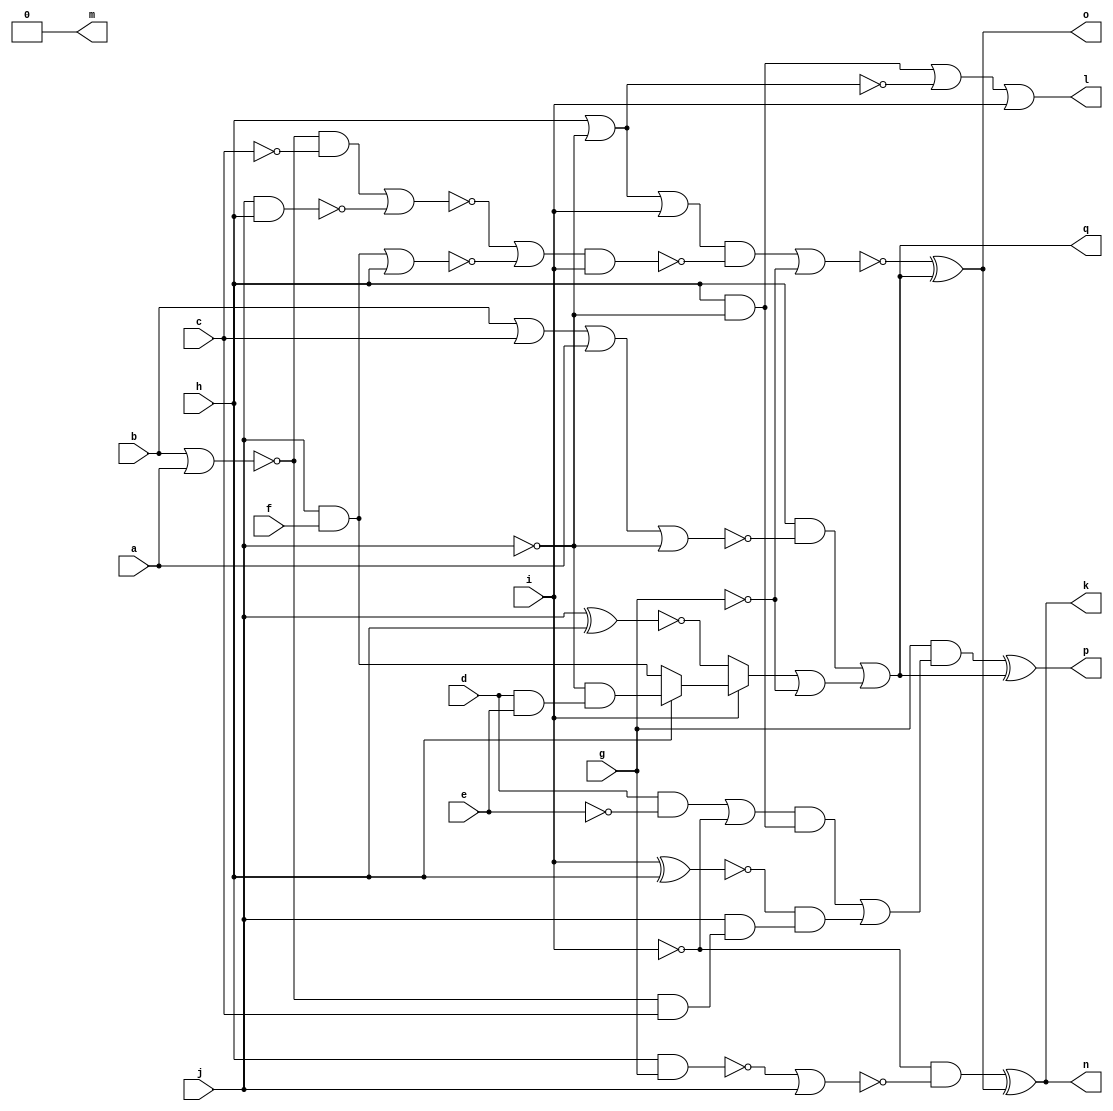
/* Generated by Yosys 0.8+634 (git sha1 3414ee1, clang 3.8.0-2ubuntu4 -fPIC -Os) */

module x2(a, b, c, d, e, f, g, h, i, j, k, l, m, n, o, p, q);
  wire _00_;
  wire _01_;
  wire _02_;
  wire _03_;
  wire _04_;
  wire _05_;
  wire _06_;
  wire _07_;
  wire _08_;
  wire _09_;
  wire _10_;
  wire _11_;
  wire _12_;
  wire _13_;
  wire _14_;
  wire _15_;
  wire _16_;
  wire _17_;
  wire _18_;
  wire _19_;
  wire _20_;
  wire _21_;
  wire _22_;
  wire _23_;
  wire _24_;
  wire _25_;
  wire _26_;
  wire _27_;
  wire _28_;
  wire _29_;
  wire _30_;
  wire _31_;
  wire _32_;
  wire _33_;
  wire _34_;
  input a;
  input b;
  input c;
  input d;
  input e;
  input f;
  input g;
  input h;
  input i;
  input j;
  output k;
  output l;
  output m;
  output n;
  output o;
  output p;
  output q;
  assign _00_ = ~g;
  assign _01_ = ~j;
  assign _02_ = ~(d & e);
  assign _03_ = _01_ & ~(_02_);
  assign _04_ = j & f;
  assign _05_ = h ? _03_ : _04_;
  assign _06_ = ~(j ^ h);
  assign _07_ = i ? _05_ : _06_;
  assign _08_ = _07_ | _00_;
  assign _09_ = b | c;
  assign _10_ = _09_ | a;
  assign _11_ = _10_ | _01_;
  assign _12_ = h & ~(_11_);
  assign q = _12_ | _08_;
  assign _13_ = h | ~(j);
  assign _14_ = h & ~(j);
  assign _15_ = _14_ | ~(_13_);
  assign l = _15_ | i;
  assign _16_ = ~(b | a);
  assign _17_ = ~(_16_ & c);
  assign _18_ = j & ~(_17_);
  assign _19_ = ~(i ^ h);
  assign _20_ = ~i;
  assign _21_ = d & ~(e);
  assign _22_ = _21_ | _20_;
  assign _23_ = ~((_22_ & _14_) | (_19_ & _18_));
  assign _24_ = g & ~(_23_);
  assign p = _24_ ^ q;
  assign _25_ = ~(_04_ | h);
  assign _26_ = ~c;
  assign _27_ = ~(j & h);
  assign _28_ = ~((_16_ & _26_) | _27_);
  assign _29_ = ~((_28_ | _25_) & i);
  assign _30_ = _13_ | i;
  assign _31_ = ~((_30_ & _29_) | _00_);
  assign o = _31_ ^ q;
  assign _32_ = ~(h & g);
  assign _33_ = _32_ | j;
  assign _34_ = _20_ & ~(_33_);
  assign k = _34_ ^ o;
  assign m = 1'h0;
  assign n = k;
endmodule